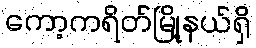
ကော့ကရိတ်မြို့နယ်ရှိ